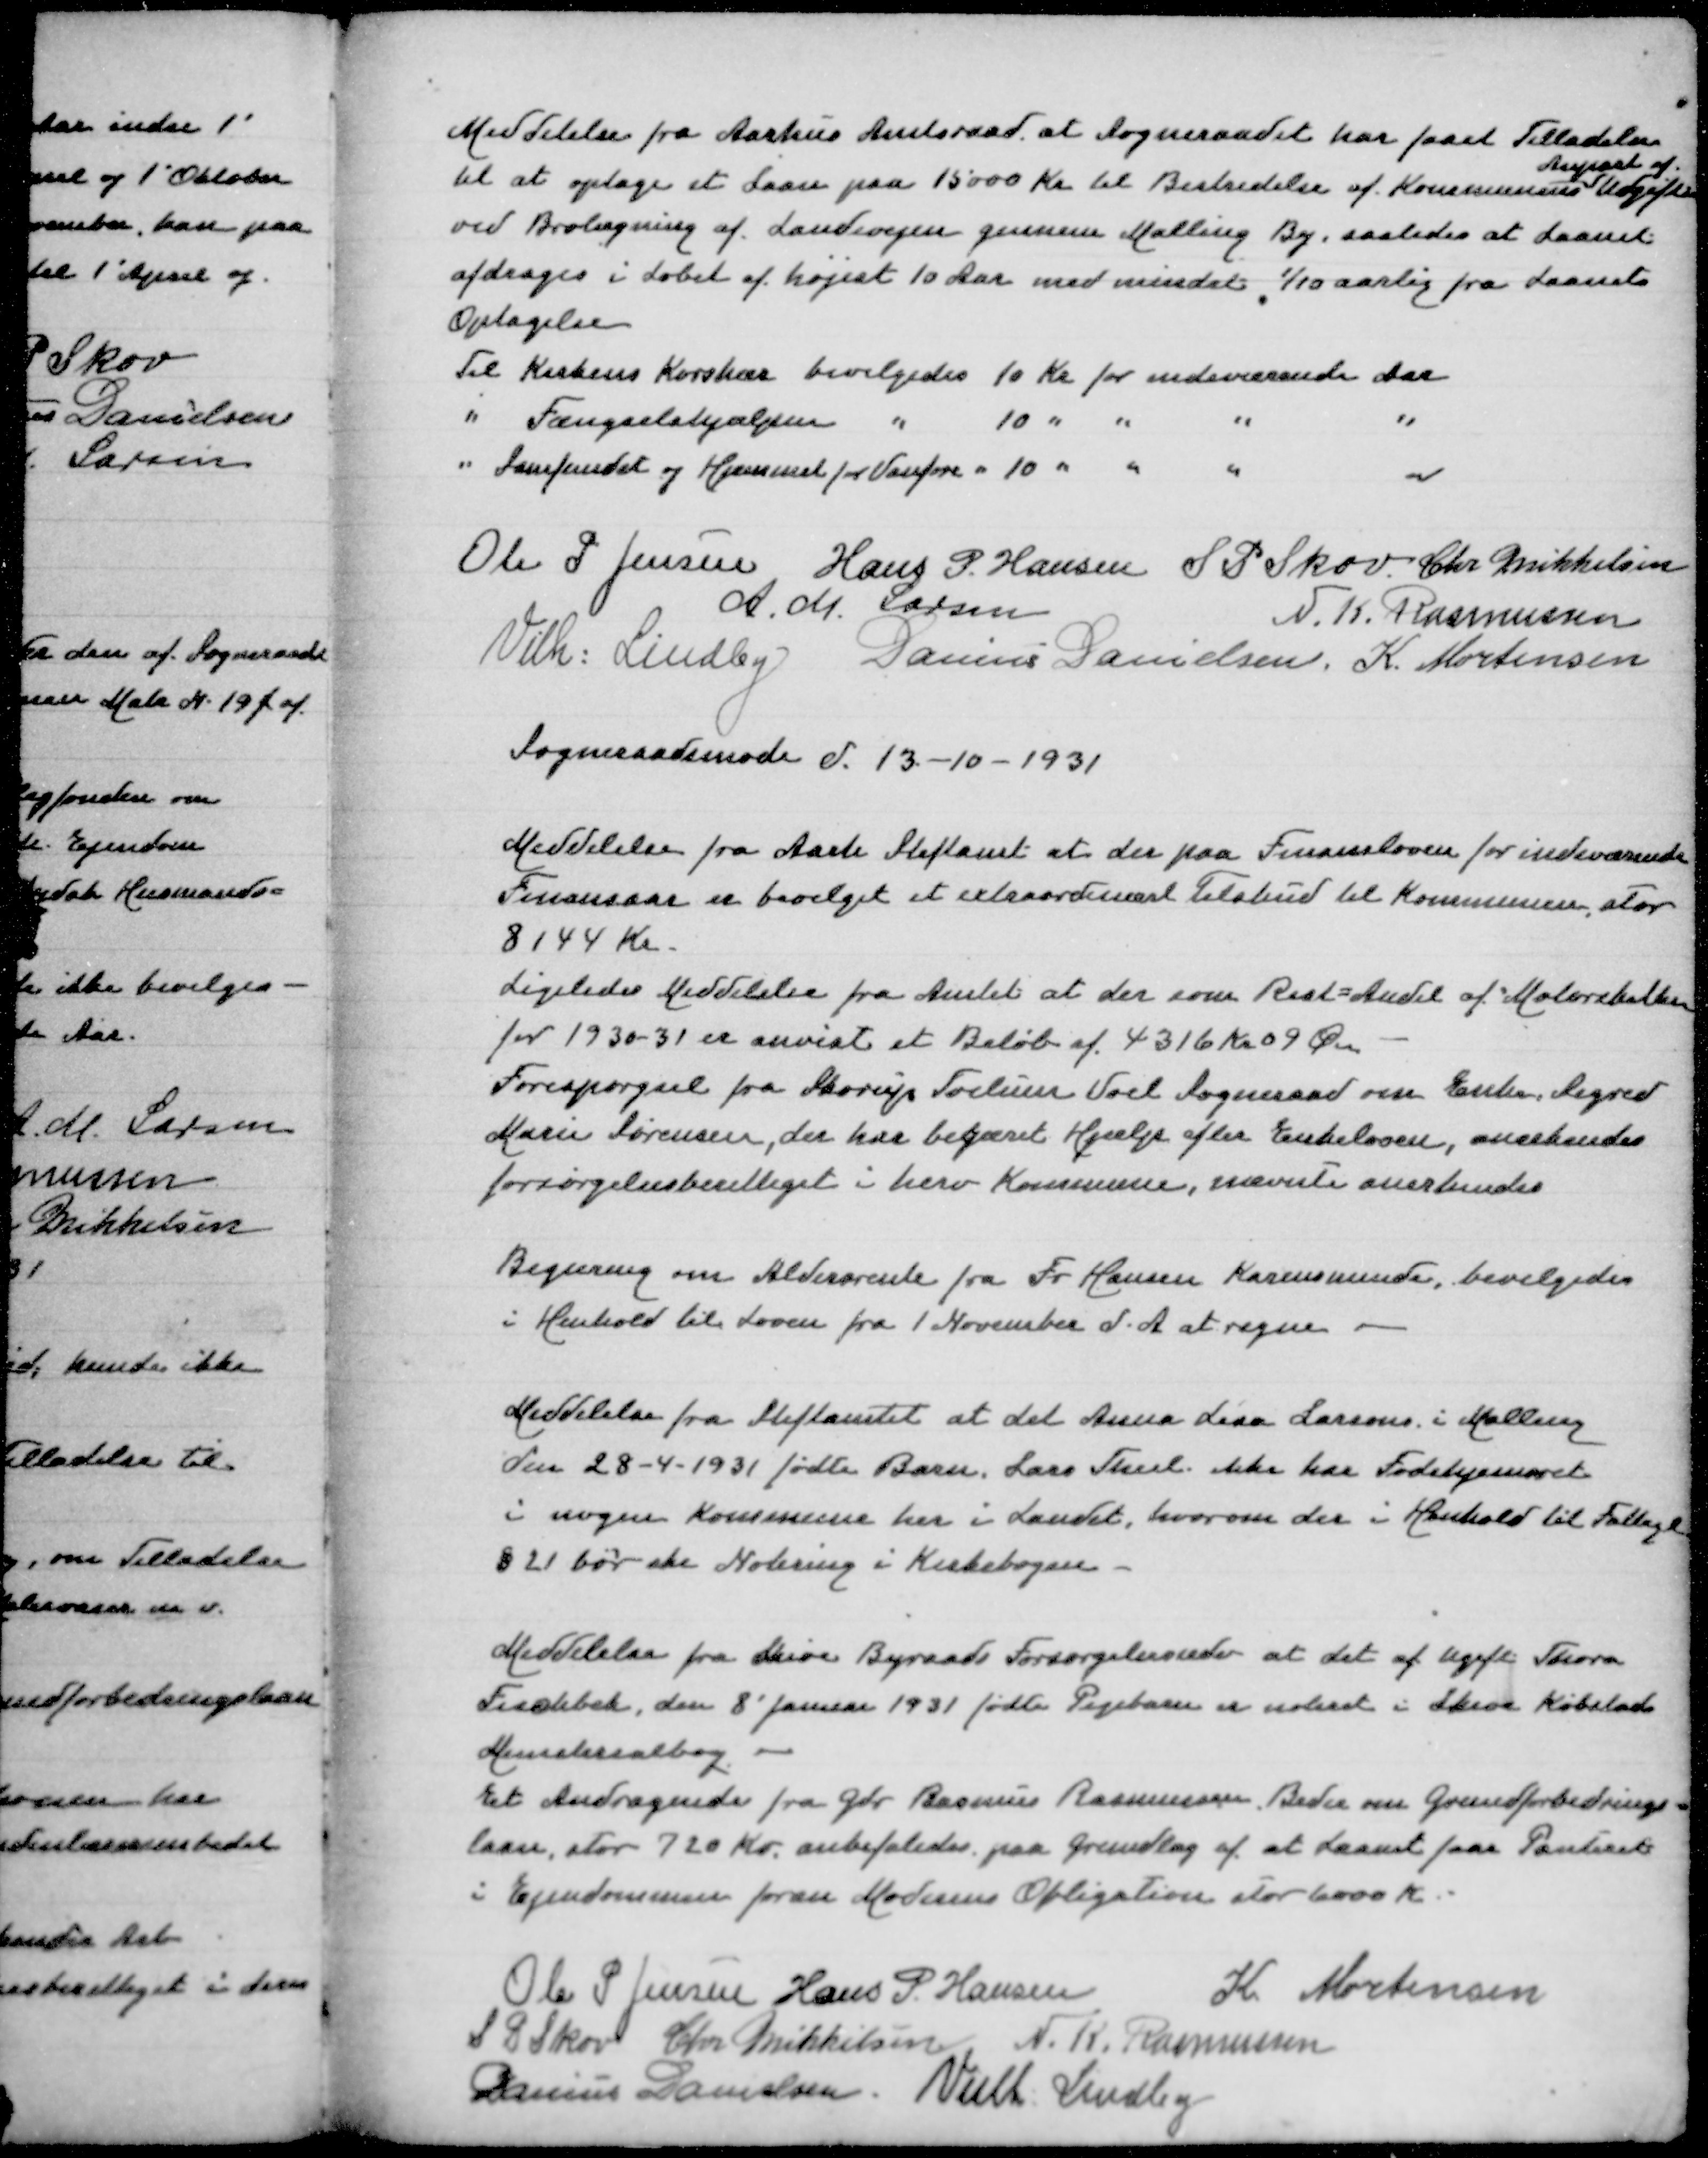
Transskription:
Meddelelse fra Aarhus Amtsraad at Sogneraadet har faaet Tilladelse
Anpart af
til at optage et Laan paa 15000 Kr til Bestridelse af Kommunens Udgifter
ved Brolægning af Landevejen gennem Malling By, saaledes at Laanet
afdrages i Løbet af højest 10 Aar med mindst 1/10 aarlig fra Laanets
optagelse
Til Kirkens Jorshær Til 10 Kr for indeværende Aar
" Fængselshjælpen " 10 " " " "
" Samfundet og Hjemmet for Vanføre " 10 " " " "

Ole P Jensen
Hans P Hansen
S P Skov
Chr Mikkelsen
A M Larsen
N K Rasmussen
Vilh Lindby
Danius Danielsen
K Mortensen
Sogneraadsmøde d 13-10-1931

Meddelelse fra Aarh Stiftamt at der paa Finansloven for indeværende
Finansaar er bevilget et extraordinært Tilskud til Kommunen, stor
8144 Kr
Ligeledes Meddelelse fra Amtet at der som Rest=Andel af Motorskatten
for 1930-31 er anvist et Beløb af 4316 Kr 09 Øre
Forespørgsel fra Skourp Tvilum VoelSogneraad om Enke Sigrid
Marie Sørensen, der har begæret hjælp efter Enkeloven,anerkendes
forsørgelsesberettiget i herv Kommune, nævnte anerkendes

Begæring om Aldersrente fra Fr Hansen Karensminde, bevilgedes
i Henhold til Loven fra 1 November d A at regne

Meddelelse fra Stiftamtet at det Anna Lisa Larsens i Malling
den 28-4-194´31 fødte Barn Lars Theil ikke har Fødehjemsret
i nogen Kommune her i Landet, hvorom der i Henhold til Fattigl
§21 bør ske Notering i Kirkebogen

Meddelelse fra Skive Byraads Forsørgelsesudv at det af ugift Thora
Fischbek, den 8' Januar 1931 fødte Pigebarn er noteret i Skive Købstads
Ministerialbog
Et Andragende fra Gdr Rasmus Rasmussen Beder om Grundforbedrings=
laan, stor 720 Kr, anbealedes paa Grundlag at at Laanet faar Panteret
i Ejendommen foran Moderens Obligation stor 6000 Kr

Ole P Jensen
Hans P Hansen
K Mortensen
S P Skov
Chr Mikkelsen
N K Rasmussen
Danius Danielsen
Vilh Lindby